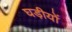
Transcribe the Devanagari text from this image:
घड़ीयों